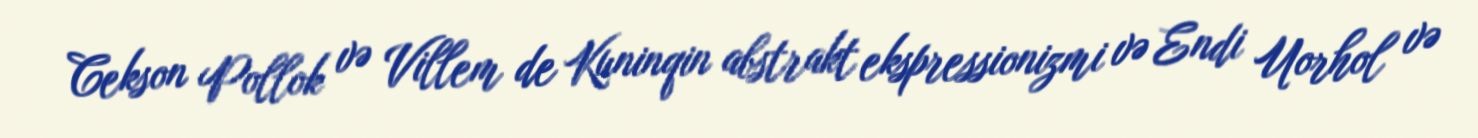
Cekson Pollok və Villem de Kuninqin abstrakt ekspressionizmi və Endi Uorhol və